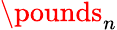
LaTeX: \pounds_{n}